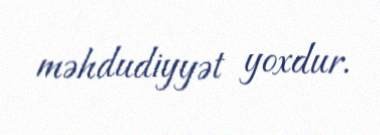
məhdudiyyət yoxdur.